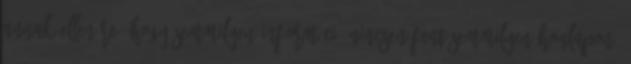
annak ellenére, hogy semmilyen információ nincsen fent semmilyen honlapon,